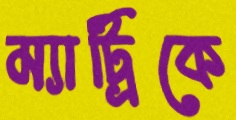
ম্যাট্রিকে